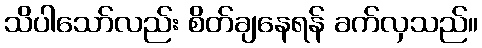
သိပါသော်လည်း စိတ်ချနေရန် ခက်လှသည်။